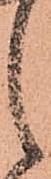
之